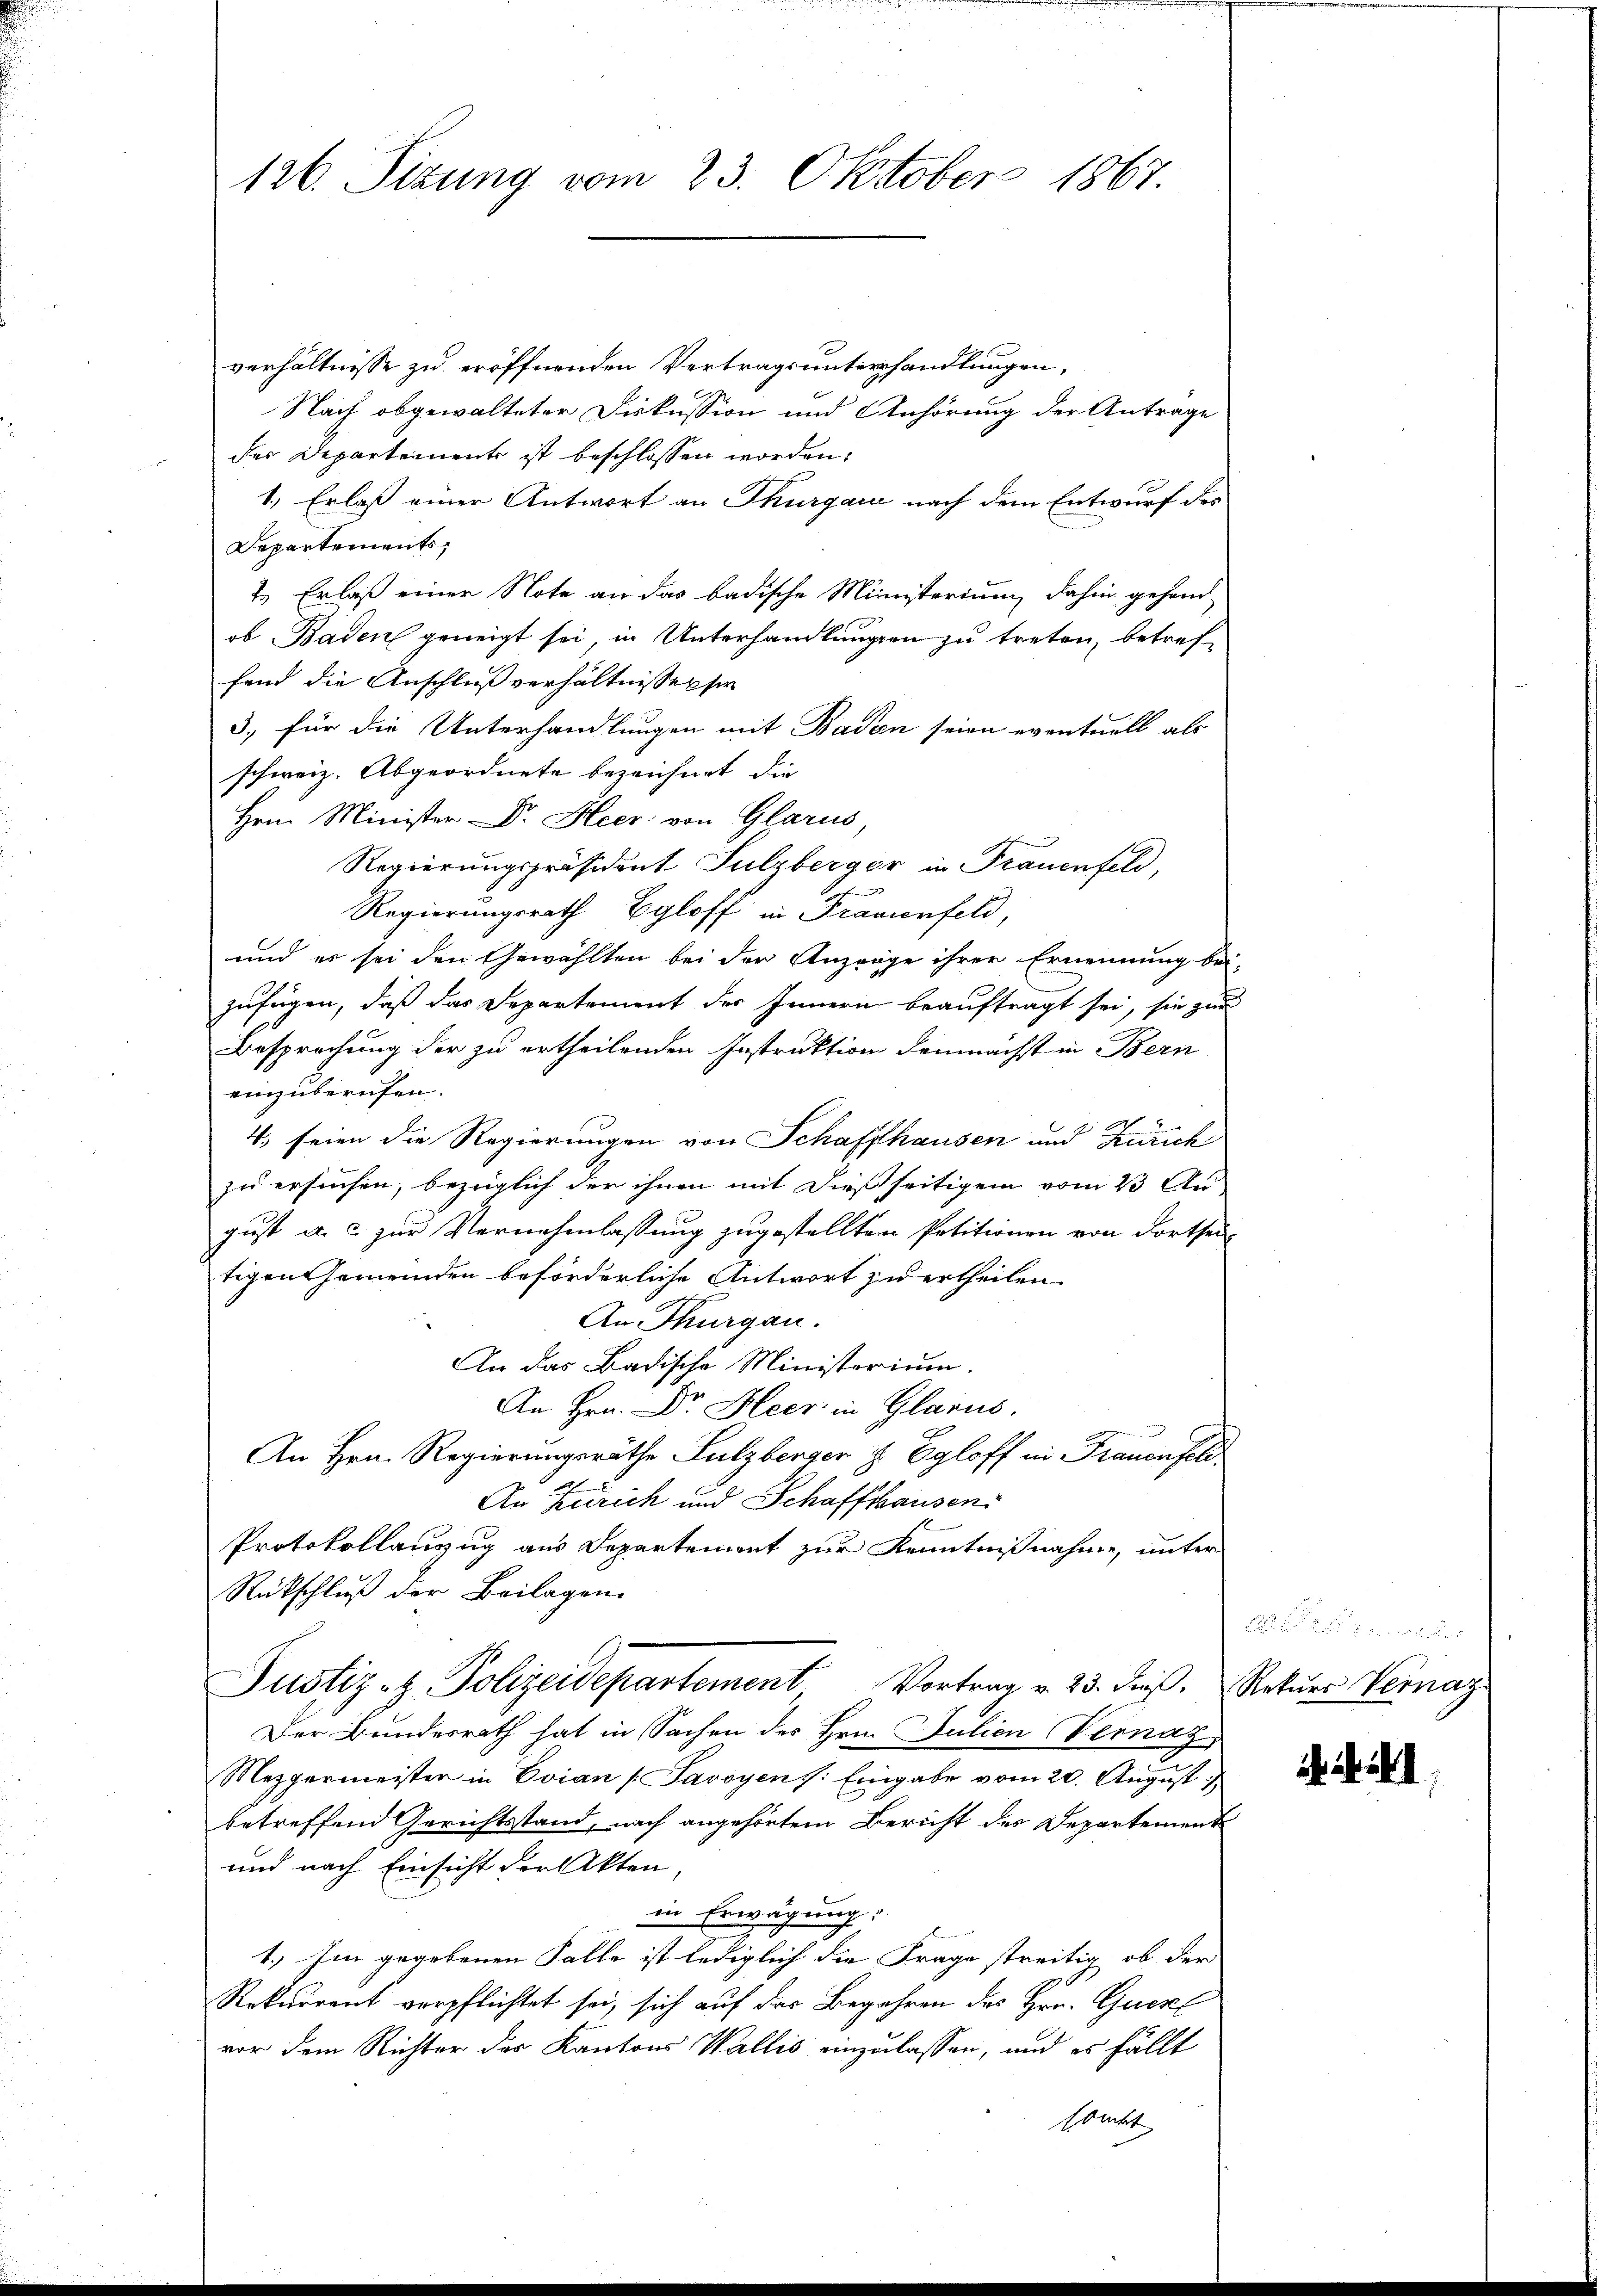
126. Sizung vom 23. Oktober 1867.

verhältnisse zu eröffnenden Vertragsunterhandlungen,
Nach obgewalteter Diskussion und Anhörung der Antrage
der Departement ist beschlossen worden,

1.) Erlaß einer Antwort an Thurgau nach dem Entwurf des
Departements
2 Erlaß einer Note an das badische Ministerium dahin gehend
ob Baden geneigt sei, in Unterhandlungen zu treten, betreffand die Anschlußverhältnissesser
3, für die Unterhandlungen mit Baden seien eventuell als
schweiz. Abgeordnete bezeichnet, die
Hrn. Minister Dr. Heer von Glarus
Regierungspräsident Sulzberger in Trauenfeld,
Regierungsrath Egloff in Prämienfeld,
und es sei den Gewählten bei der Anzeige ihrer Ernennung be-
zufügen, daß das Departement des Innern beauftragt sei, sie zur
Besprechung der zu ertheilenden Instruktion demnächst in Bern
einzuberufen.
4. seien die Regierungen von Schaffhausen und Zürich
zu ersuchen, bezüglich der ihnen mit dießseitigem vom 23 Au
gust a. c. zur Vernehmlassung zugestellten Petitionen von dorthei-
tigen Gemeinden beförderliche Antwort zu ertheilen
u
An Thurgau.
An das Badische Ministerium.
An Hrn. Dr. Heer in Glarus.
e
An Hrn. Regierungsräthe Sulzberger z. Egloff an Frauensel
An Zürich und Schaffhausen.
Protokollanzug aus Departement zur Kenntnißnahme, unter
Rückschluß der Beilagen.
Justiz- & Polizeidepartement Vortrag v. 23. dieß.
Der Bundesrath hat in Sachen des Hrn. Julien Vernaz
Mezgermeister in Evian Savoyens: Eingabe vom 20. August
betreffend Gerichtsstand, nach angehörtem Bericht des Departement
und nach Einsicht der Akten,
in Erwägung:
1.) Im gegebenen Falle ist lediglich die Frage streitig, ob der
Rekurrent verpflichtet sei, sich auf der Begehren des Hrn. Quere
vor dem Richter des Kantons Wallis einzulassen, und es fällt
sdeckt

der
Rekurs Vernaz.

ifl